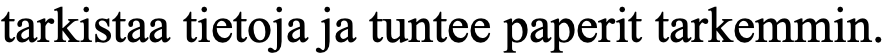
tarkistaa tietoja ja tuntee paperit tarkemmin.